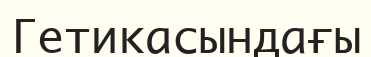
Гетикасындағы